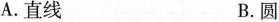
A. 直线 B. 圆